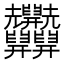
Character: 𦧄